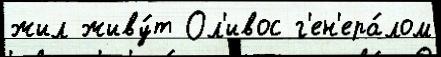
жил живу́т Ол'ивос г'ен'ера́лом